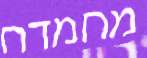
מחמדח